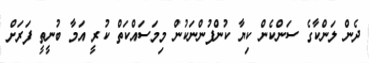
ދެން ލަންކާގެ ސަންކެން ކިޔާ ކުންފުންނަކުން މިމަސައްކަތް ކުރީ އަމާ ބުނީތީ ފަރަށް